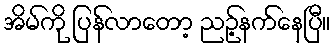
အိမ်ကို ပြန်လာတော့ ညဉ့်နက်နေပြီ။